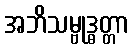
အဘိသမ္ဗုဒ္ဓတ္တာ